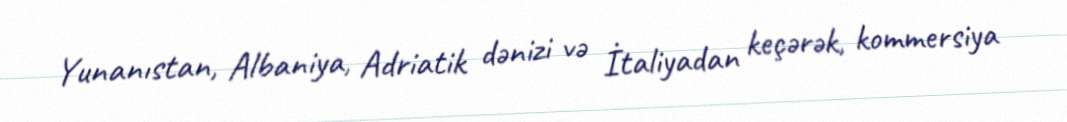
Yunanıstan, Albaniya, Adriatik dənizi və İtaliyadan keçərək, kommersiya